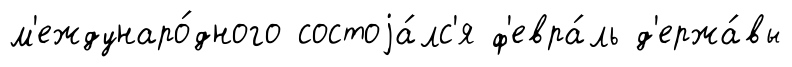
м'еждунаро́дного состоjа́лс'я ф'евра́ль д'ержа́вы